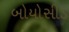
બોયોસીડ